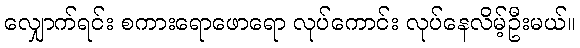
လျှောက်ရင်း စကားရောဖောရော လုပ်ကောင်း လုပ်နေလိမ့်ဦးမယ်။